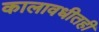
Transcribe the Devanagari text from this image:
कालावधीतही